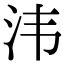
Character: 𣲗